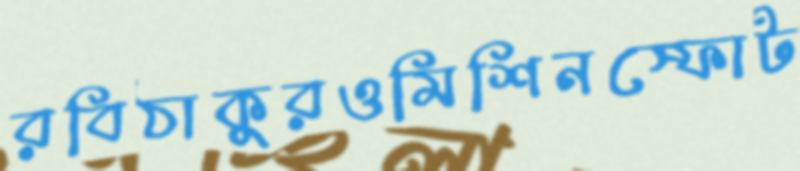
রবিঠাকুরওমিশিনস্ফোট